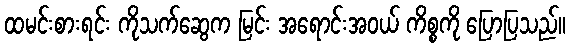
ထမင်းစားရင်း ကိုသက်ဆွေက မြင်း အရောင်းအဝယ် ကိစ္စကို ပြောပြသည်။